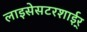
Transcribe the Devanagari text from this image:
लाइसेसटरशाईर्